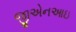
જીએનઆઇ